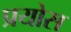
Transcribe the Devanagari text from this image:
प्रयोस